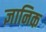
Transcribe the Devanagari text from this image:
ज्ञानिक